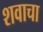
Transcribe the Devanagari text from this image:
शवाचा